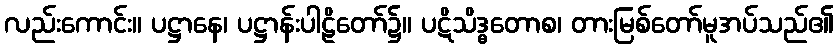
လည်းကောင်း။ ပဋ္ဌာနေ၊ ပဋ္ဌာန်းပါဠိတော်၌။ ပဋိသိဒ္ဓတောစ၊ တားမြစ်တော်မူအပ်သည်၏